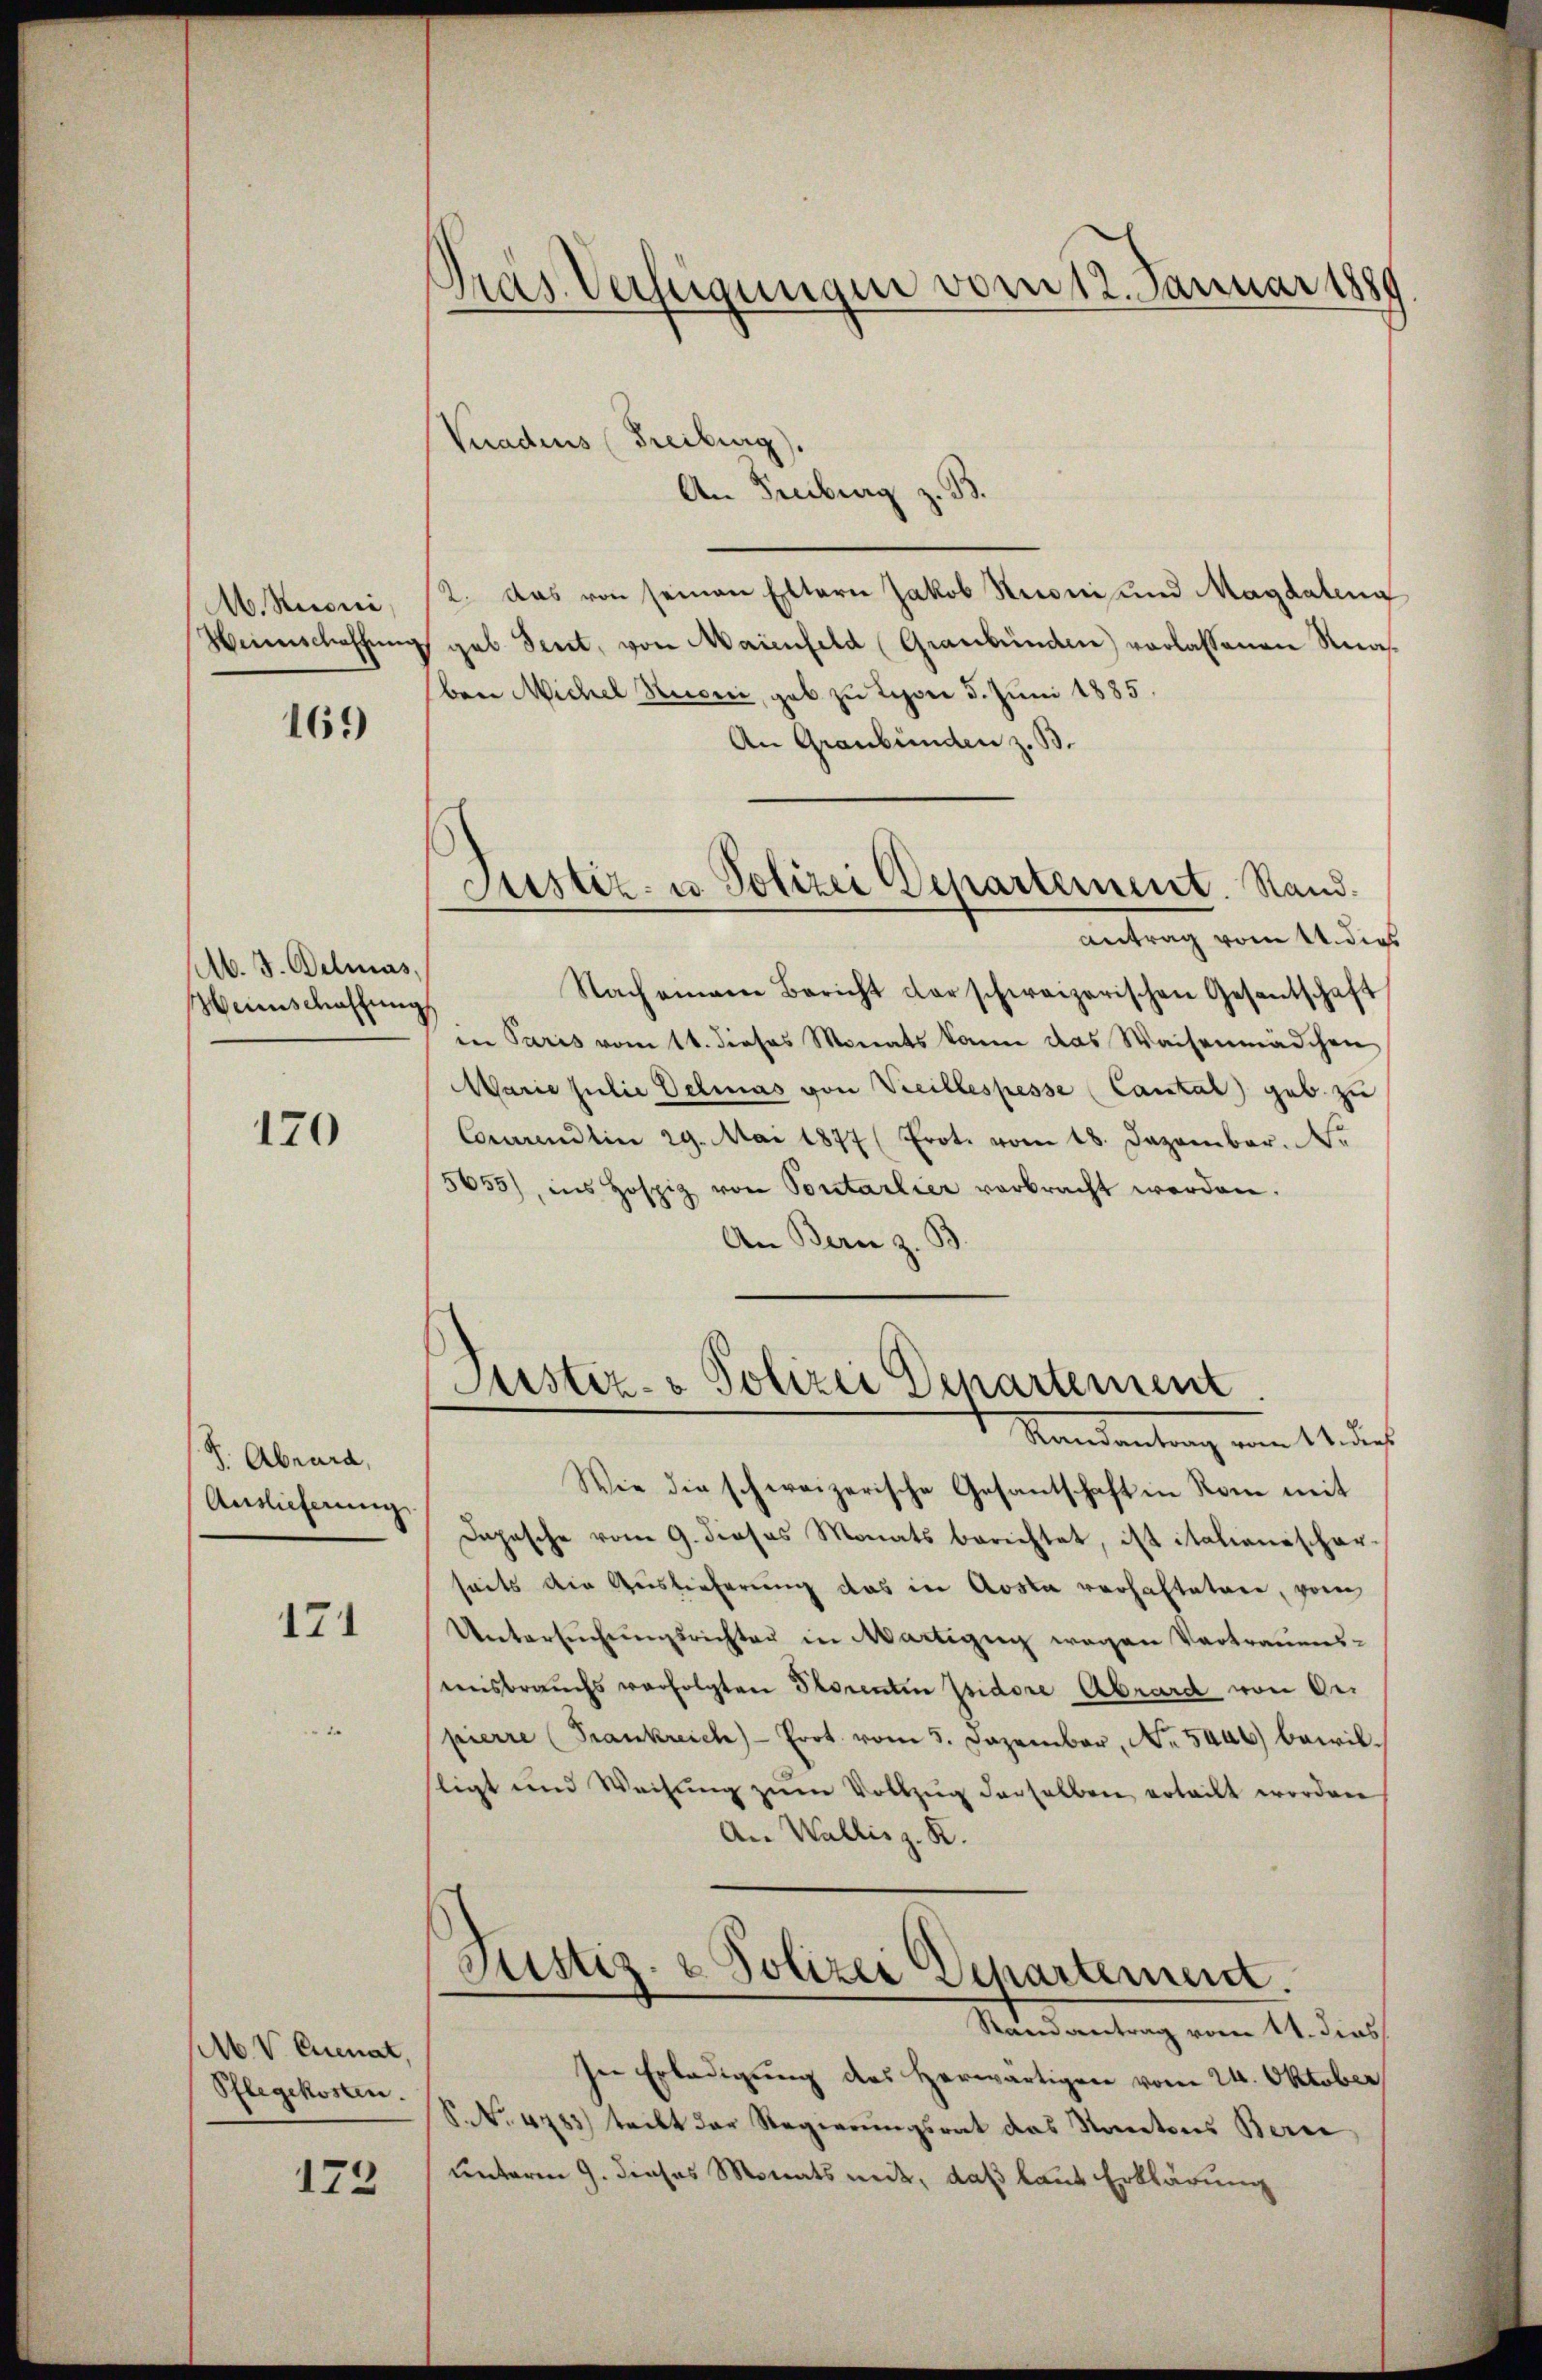
M. Kuoni
Weinschaffung

169

Ab. J. Belmas,
Weinschaffŭng

170

S. Abrard,
Auslieferung

121

M. V. Cenat,
Pflegekosten.

172

Gras Verfügungen vom 12. Januar 1889

Justiz- u. Polizei Departement. Stand.
antrag vom 4. dies

Vnadens (Freiburg).
An Freiburg z. B.
2. Das von seinen Eltern Jakob Reconi und Magdaleng
geb Sent, von Maienfeld (Graubünden) vorlassenen Knaben Michel Kuoni, gab zu Lippe 5. Juni 1885.
An Graubünden z. B.
Nachemann Bericht der schweizerischen Gesentschaft
in Paris vom 11. dieses Monats kann das Waisenmädchen
Marie Julie Delias von Vreilles pesse (Cantal geb. zu
Correndlin 29. Mai 1877 (Erot. vom 18. Dezember. N
5655), ins Hospiz von Pontarlier verbracht werden.
An Bern z. B.
Justiz- & Polizei Departement
Mandantung von 4 des
Wie die schweizerische Gesantschaft in Rom mit
Depesche vom 9. dieses Monats berichtet, ist italienischer-
seits die Auslieferung das in Aosta verhaltetene, vom
Untersŭchŭngsrichter in Martigen wegen Vertrauens-
msbrauchs verfolgten Storenten Isidore Abrard von Oer
pierre (Frankreich Prot. vom 5. Dezember, Nr. 5446) bewilligt und Weisung zum Vollzug derselben erteilt worden
An Wallis z. K.
Justiz- & Polizei Departement.
Randantrag vom 14. dies
In Erledigung des herwärtigen vom 24. Oktober
V. No. 4783) teilt der Regierungsrat das Kantons Berne
unterm 9. dieses Monats mit, daß laut Erklärung